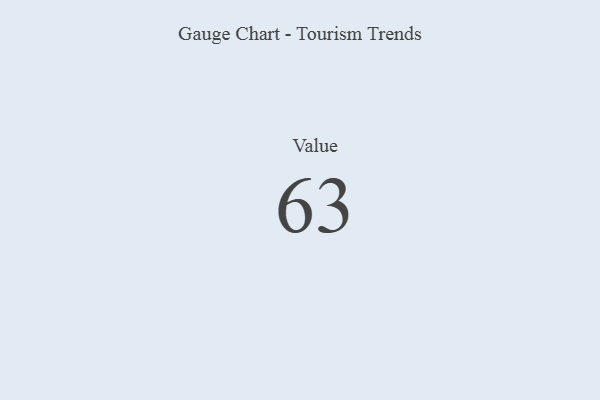
{"axis": {"x": "Metric", "y": "Value"}, "legend": [""], "data": [{"x": "Value", "y": 63, "type": ""}]}